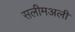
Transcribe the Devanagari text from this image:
सलीमअली